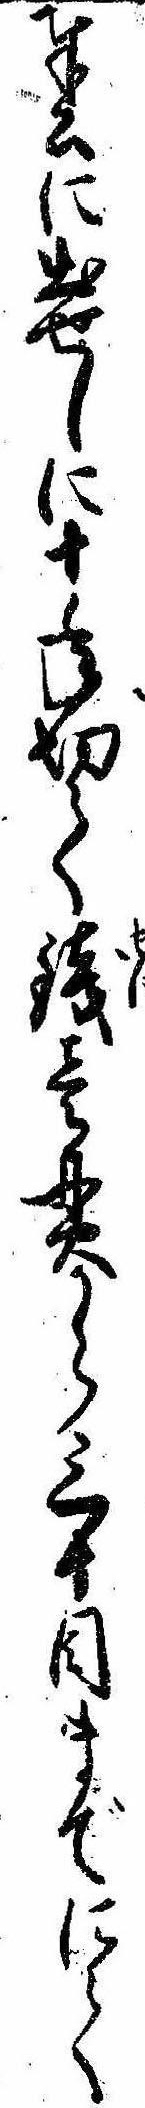
奉公に出せしに十年切て銭壱貫から三十目までにて